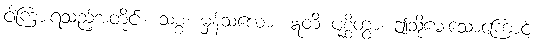
ငါကြားရသည့်အတိုင်း။ သစ္စံ၊ မှန်သလော။ ဣတိ ပုစ္ဆိတွာ၊ ဤသို့မေးသောကြောင့်။